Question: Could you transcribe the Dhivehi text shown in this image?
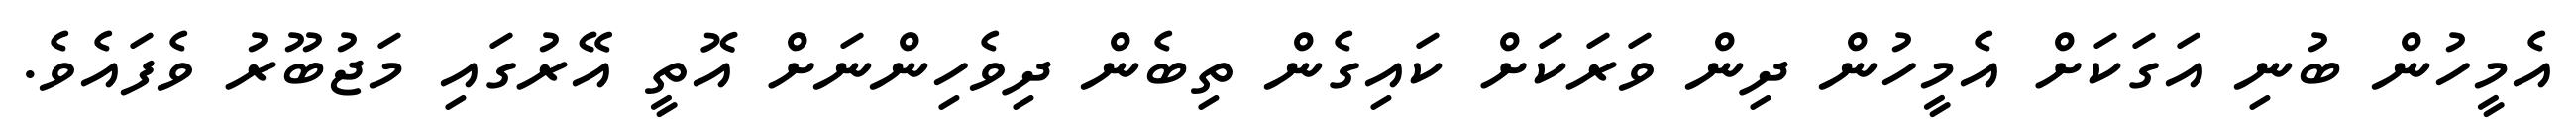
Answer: އެމީހުން ބުނި އަގަކަށް އެމީހުން ދިން ވަރަކަށް ކައިގެން ތިބެން ދިވެހިންނަށް އޮތީ އޭރުގައި މަޖުބޫރު ވެފައެވެ.